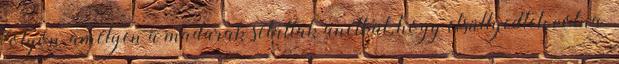
folyón, amelyen a madarak sétáltak anélkül, hogy elsüllyedtek volna.